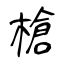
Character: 槍